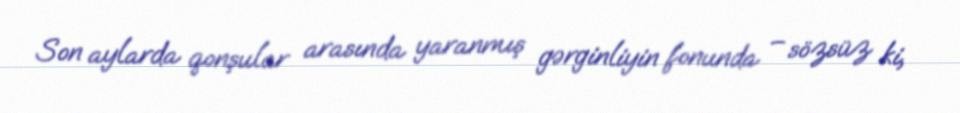
Son aylarda qonşular arasında yaranmış gərginliyin fonunda – sözsüz ki,